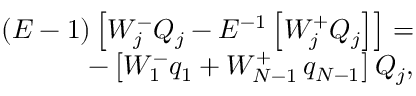
\begin{array} { r } { \left( E - 1 \right) \left[ W _ { j } ^ { - } Q _ { j } - E ^ { - 1 } \left[ W _ { j } ^ { + } Q _ { j } \right] \right] = } \\ { - \left[ W _ { 1 } ^ { - } q _ { 1 } + W _ { N - 1 } ^ { + } \thinspace q _ { N - 1 } \right] Q _ { j } , } \end{array}